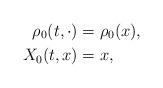
LaTeX: \begin{align*}\rho_0(t, \cdot) &= \rho_0(x), \\X_0(t, x) &= x,\end{align*}